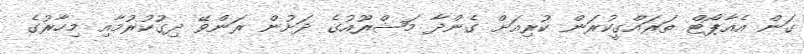
ގަން އެއާޕޯޓް ތަރައްގީކުރަން ކުރިއަށް ގެންދާ މަޝްރޫއުގެ ދަށުން ރަންވޭ ދިގުކުރުމާއި މިހާރުގެ